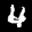
Label: 4